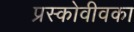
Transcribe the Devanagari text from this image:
प्रस्कोवीवका